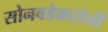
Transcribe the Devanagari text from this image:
सोनवडेकरांनी